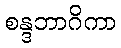
စန္ဒဘာဂိကာ